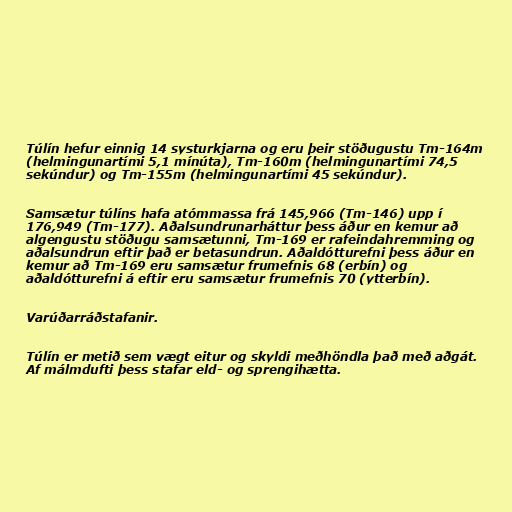
Túlín hefur einnig 14 systurkjarna og eru þeir stöðugustu Tm-164m
(helmingunartími 5,1 mínúta), Tm-160m (helmingunartími 74,5
sekúndur) og Tm-155m (helmingunartími 45 sekúndur).

Samsætur túlíns hafa atómmassa frá 145,966 (Tm-146) upp í
176,949 (Tm-177). Aðalsundrunarháttur þess áður en kemur að
algengustu stöðugu samsætunni, Tm-169 er rafeindahremming og
aðalsundrun eftir það er betasundrun. Aðaldótturefni þess áður en
kemur að Tm-169 eru samsætur frumefnis 68 (erbín) og
aðaldótturefni á eftir eru samsætur frumefnis 70 (ytterbín).

Varúðarráðstafanir.

Túlín er metið sem vægt eitur og skyldi meðhöndla það með aðgát.
Af málmdufti þess stafar eld- og sprengihætta.